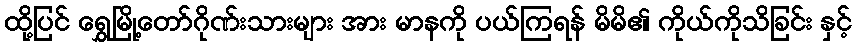
ထို့ပြင် ရွှေမြို့တော်ဂိုဏ်းသားများ အား မာနကို ပယ်ကြရန် မိမိ၏ ကိုယ်ကိုသိခြင်း နှင့်